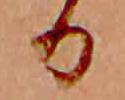
る